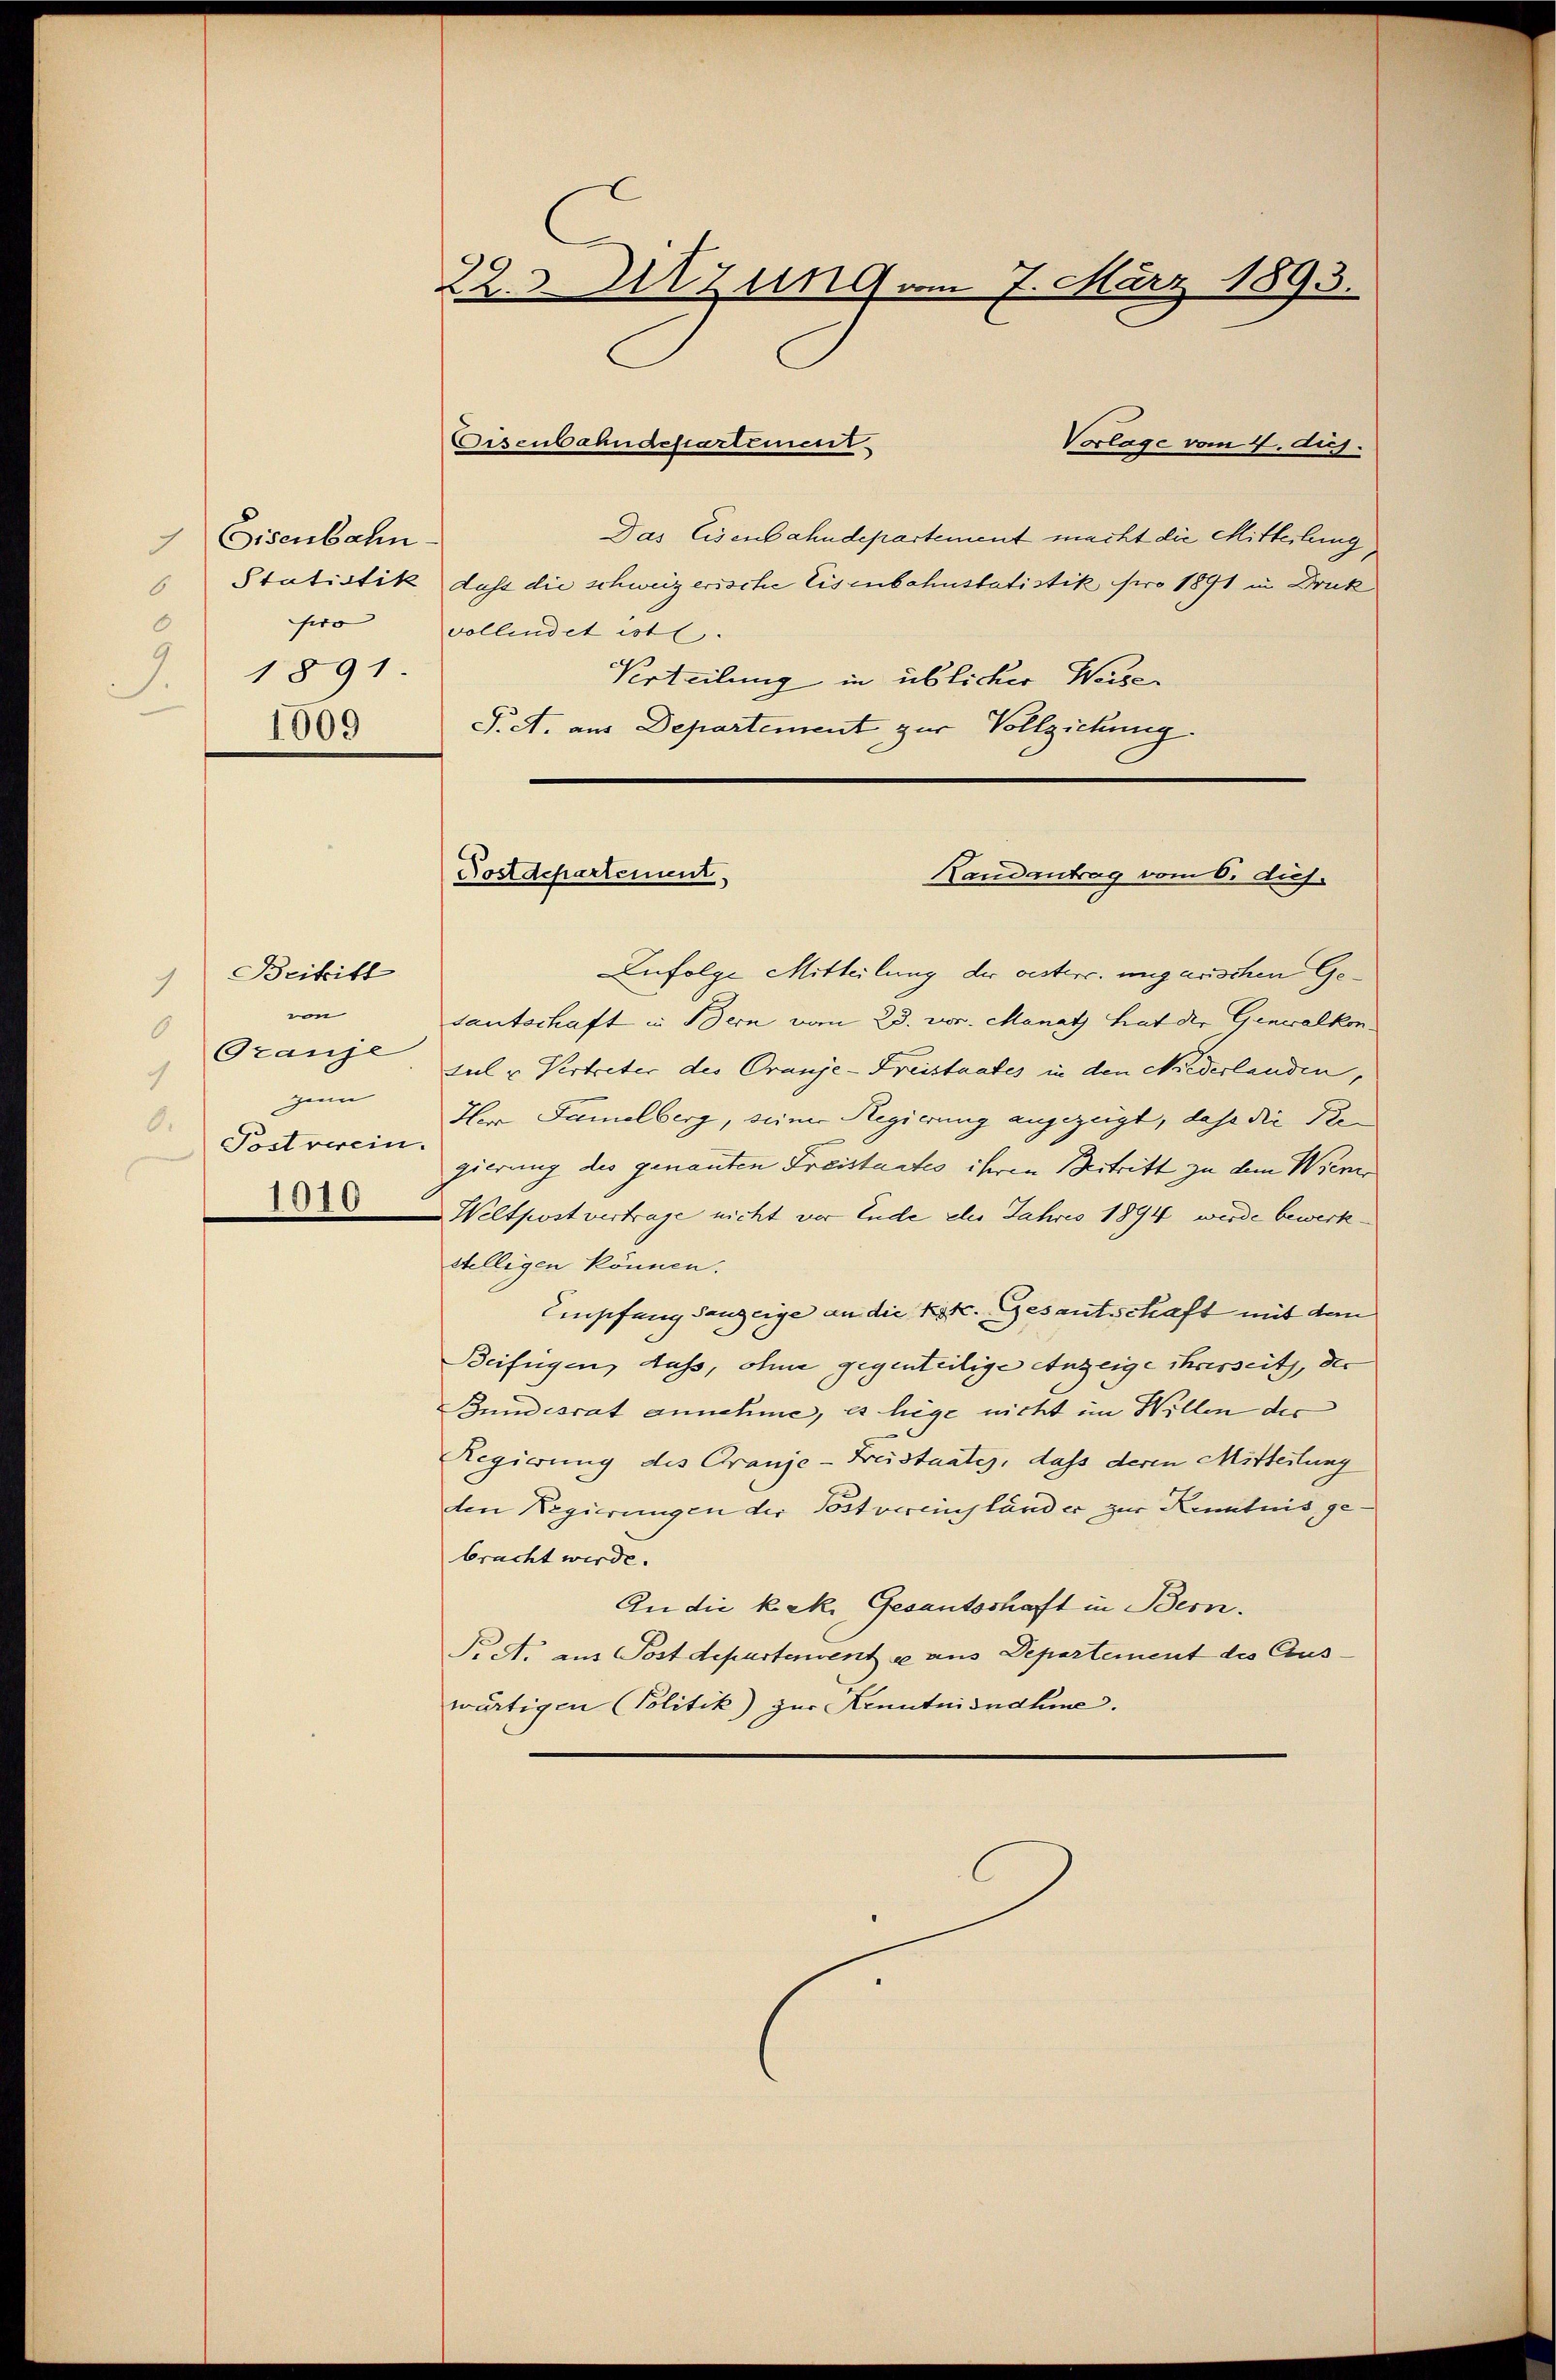
Eisenbahn.
6 Statistik
swo
1891.
.
1509

Beitritt
1
ein
6
Granje
1
zum
0.
Postverein.
1010

22.Sitzung vom 7. März 1893.
Eisenbahndepartement
Vorlage vom 4. Aug.

Zufolge Mitteilung der oesterr. ungarischen Gedantschaft in Bern vom 28. vor. Manatz hat der Generalkon
tul u. Vertreter des Oranje-Kreistaates in den Niederlanden,
Her Familberg, seiner Regierung angezeigt, daß die Begierung des genanten Freistantes ihren Beitritt zu dem Wiener
Weltpost vertrage nicht vor Ende der Jahres 1894 wurde bewerk-
willigen können.
Empfangsanzeige an die Kot. Gesantschaft mit dem
Beifügen, Auss, ohne gegenteilige Anzeige ihrerseits, der
Bundesrat annehme, es liege nicht im Willen der
Regierung des Granje-Freistaates, dass deren Mitteilung
den Regierungen der Postvereinständer zur Kenntnis gebracht werde.
An die k. k. Gesantschaft in Bern.
Pr. A. aus Postdepartenvent es aus Departement des Auswärtigen Politik) zur Kenntnisnahme.

Das Eisenbahndepartement macht die Mitteilung
dass die schweizerische Eisenbahnstatistik foro 1891 in Druk
vollendet ist.
Urteilung in üblicher Weiser
S. A. aus Departement zur Vollziehung.

Postdepartement,
Landantrag vom 6. dus.